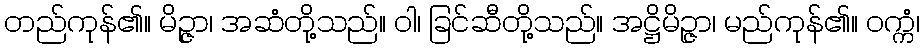
တည်ကုန်၏။ မိဉ္ဇာ၊ အဆံတို့သည်။ ဝါ၊ ခြင်ဆီတို့သည်။ အဋ္ဌိမိဉ္ဇာ၊ မည်ကုန်၏။ ဝက္ကံ၊